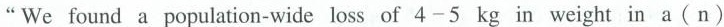
"We found a population-wide loss of 4-5kg in weight in a(n)